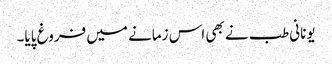
یونانی طب نے بھی اس زمانے میں فروغ پایا۔